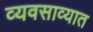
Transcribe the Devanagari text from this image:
व्यवसाव्यात